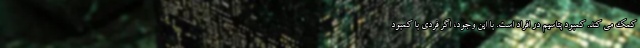
کمک می کند. کمبود پتاسیم در افراد است. با این وجود، اگر فردی با کمبود